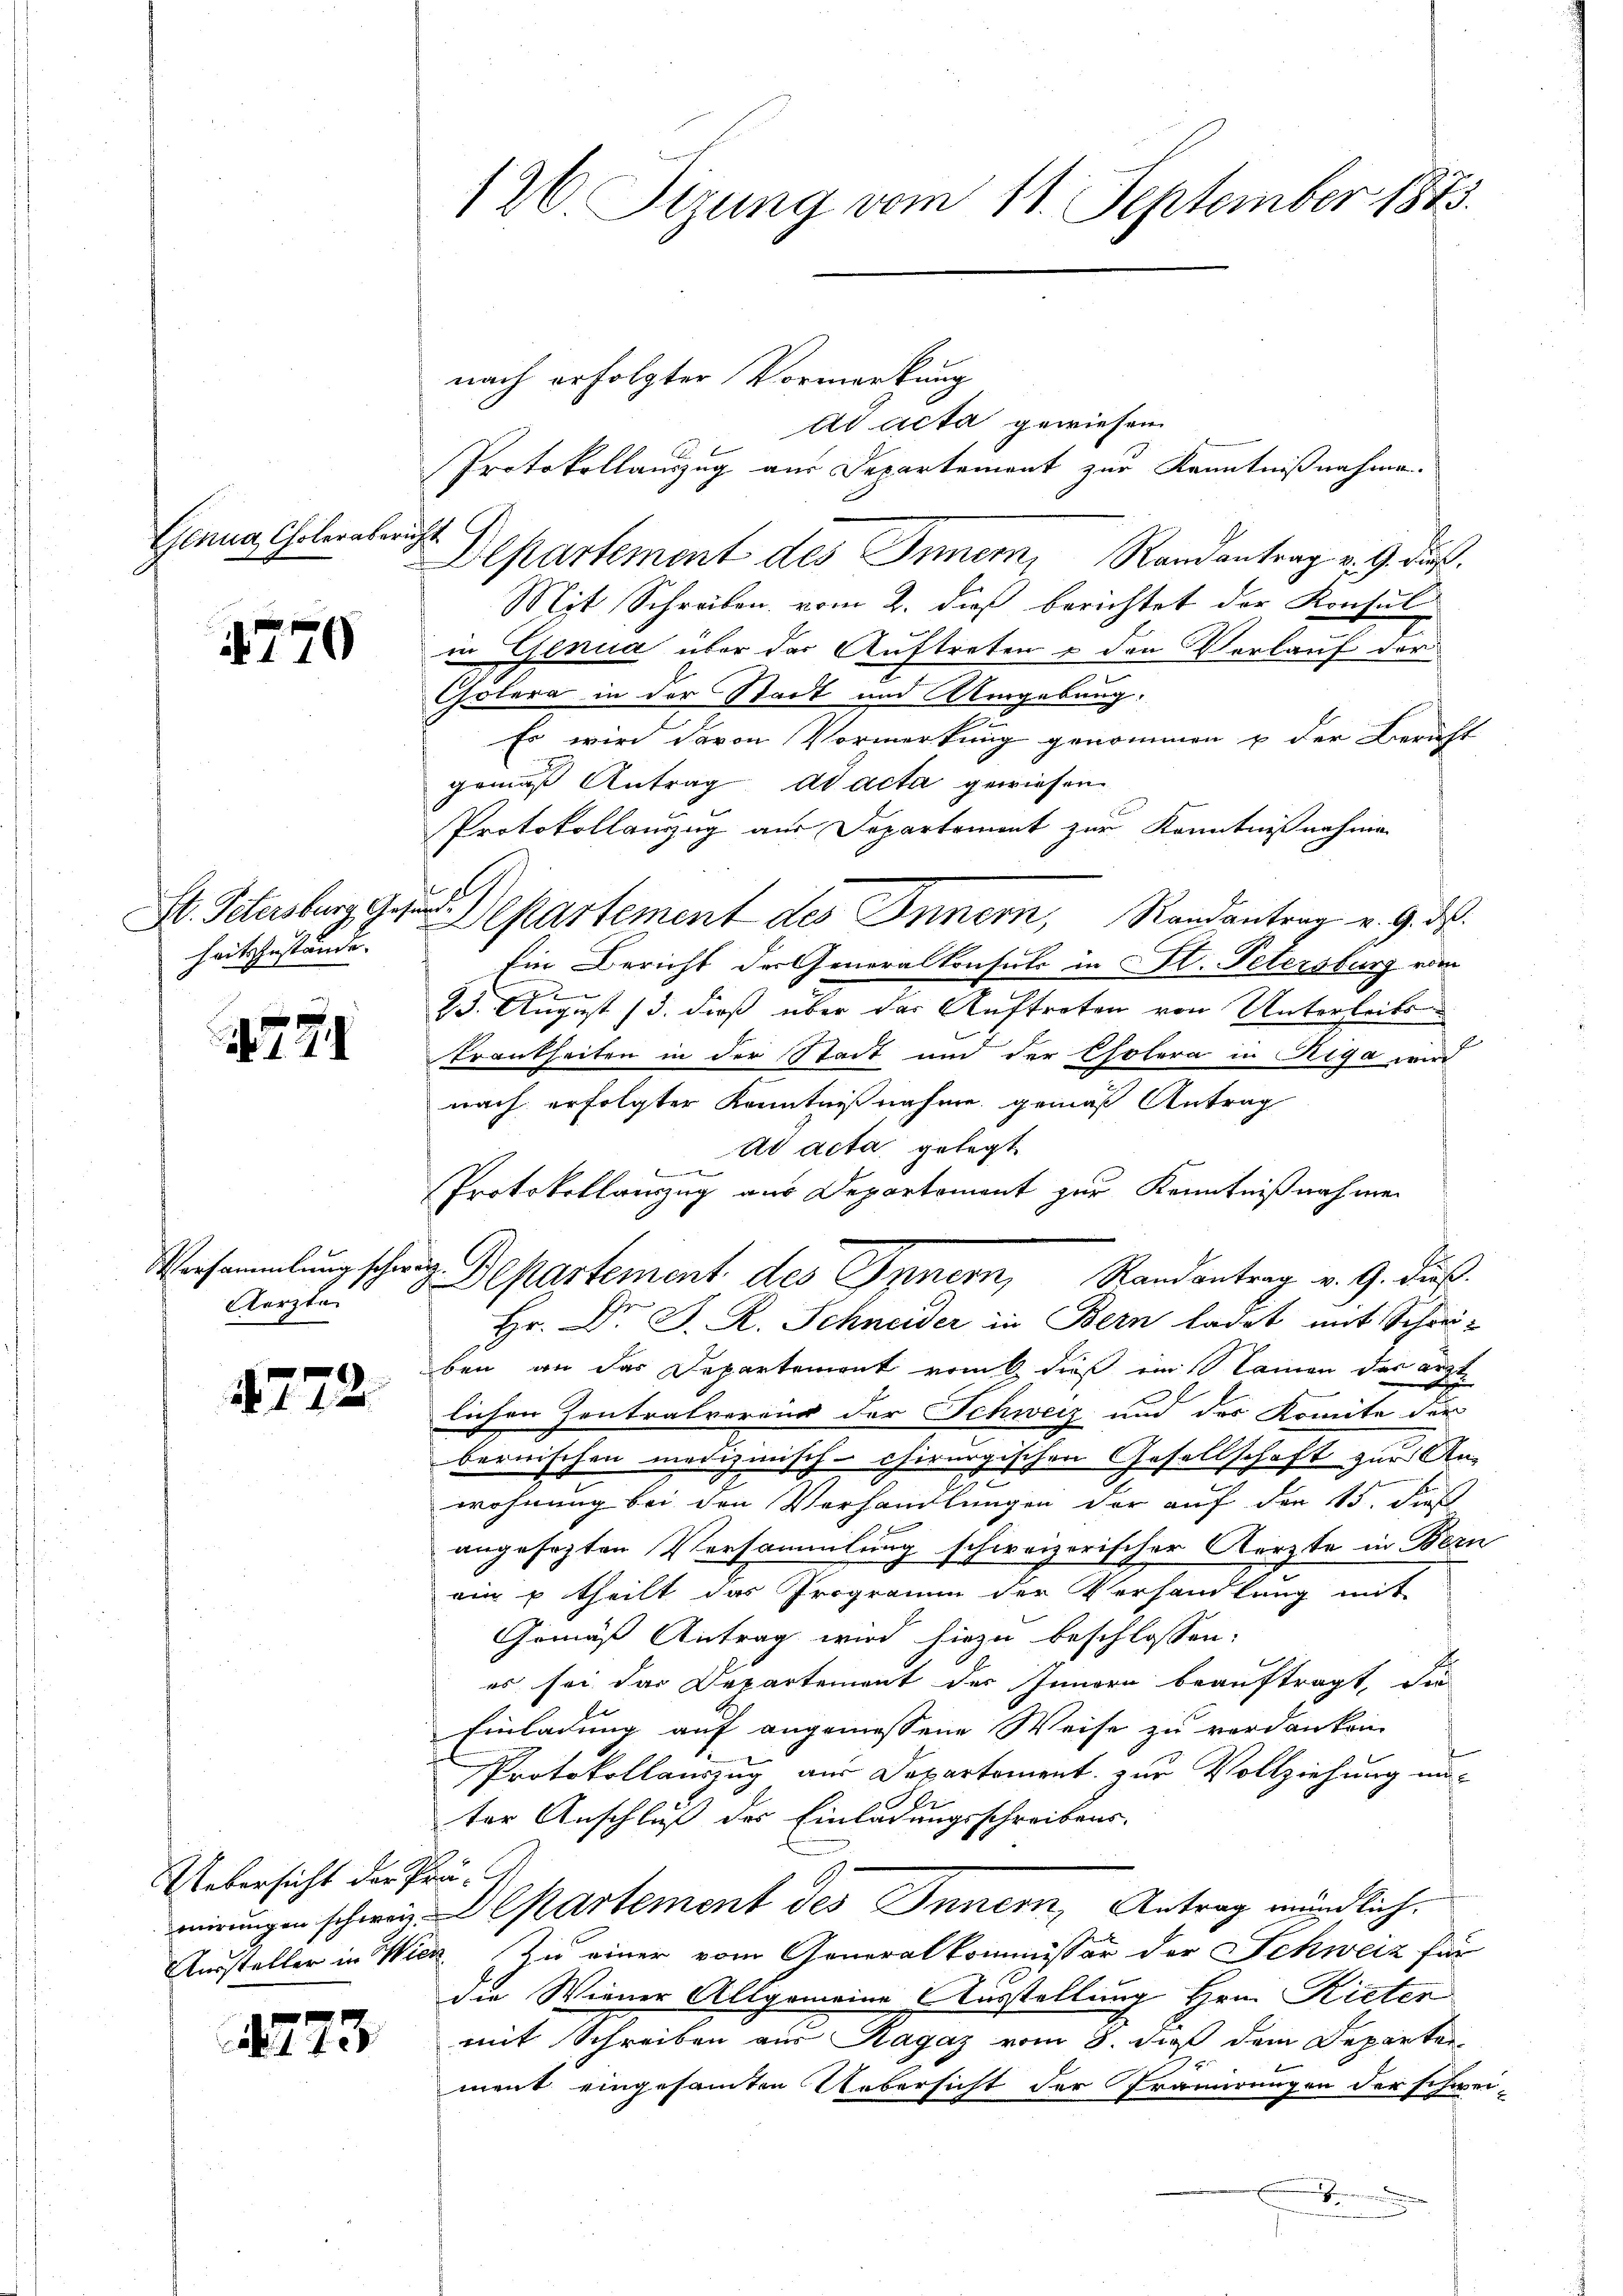
Genua, Choler aber

4770

heitszustände.

24

Versammlung schweiz.
Aerzte

4772.

Uebersicht der Prä¬

473

126. Sizung vom 11. September 1873.

ad acta gewiesen.
Protokollauszug aus Departement zur Kenntnißnahme.
Mit Schreiben vom 2. dieß berichtet der Konsul-
in Genua über der Auftreten & den Vorlauf der
Cölera in der Stadt und Wergebung.
d
Es wird davon Vormerkung genommen u der Beruff
gemäß Antrag ad acta gewiesen.
ber
Protokollanzzug aus Departement zur Kenntnißnahme
A
u
St. Petersburg gen. Separtement des Innern, Randantrag v. 9. ds.
Ein Bericht der Generalkonsuls in St. Petersburg vom
23. August 13. dieß über der Auftreten von Unterseits
Trankheiten in der Stadt um der Cholera in Riga wird
nach erfolgter Kenntnißnahme gemäß Antrag
ad acta gelegt
i
Protokollanzug aus Departement zur Kenntnißnahmen

nicht

nach erfolgter Vormerkung

Departement des Inner, Randantrag v. 9. dieß.

Departement des Innern, Randantrag v. 9. daß

Hr. Dr. J. R. Schneider in Bern ladet mit Schreben an das Departement vom dieß ein Namen das ärztlichen Zentralverois der Schweiz und der Komite der
bernischen medizinisch-chirurgischen Gesellschaft zur An-
wohnung bei den Vorhandlungen der auf den 15. dies
angesezten Versammlung schweizerischer Aerzte in Bern
ain g theilt das Programm der Verhandlung mit
Gemäß Antrag wird hiezu beschlossen:
es sei das Departement des Innern beauftragt, die
Einladung auf angemessene Weise zu verdanken
.
Protokollauszug aus Departement zur Vollziehung unter Anschluß der Einladungsschreibens-
irungen schweiz. Departement des Innern, Antrag mündlich.
Aussteller in Wien zu einer vom Generalkommissor der Schweiz für
die Weiner Allgemeine Ausstellung Hrn. Rieter
mit Schreiben aus Ragaz vom 8. daß dem Departen
ment eingesammten Uebersicht der Prämirungen der schwei-
.